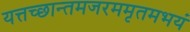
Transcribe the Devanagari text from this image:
यत्तच्छान्तमजरममृतमभयं